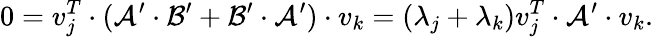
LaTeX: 0=v_{j}^{T}\cdot(\mathcal{A}^{\prime}\cdot\mathcal{B}^{\prime}+\mathcal{B}^{\prime}\cdot\mathcal{A}^{\prime})\cdot v_{k}=(\lambda_{j}+\lambda_{k})v_{j}^{T}\cdot\mathcal{A}^{\prime}\cdot v_{k}.